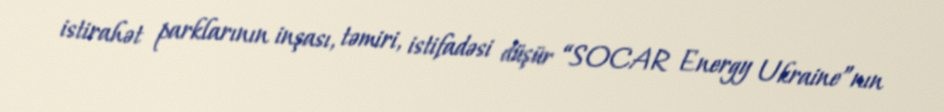
istirahət parklarının inşası, təmiri, istifadəsi düşür “SOCAR Energy Ukraine”nın